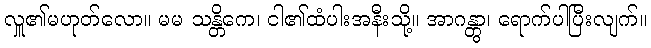
လှူ၏မဟုတ်လော။ မမ သန္တိကေ၊ ငါ၏ထံပါးအနီးသို့။ အာဂန္တွာ၊ ရောက်ပါပြီးလျက်။